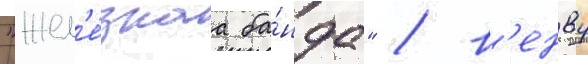
"жел'е́знаа ба́нда" / в'енву